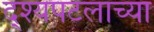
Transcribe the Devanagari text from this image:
द्श्यपटलाच्या